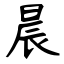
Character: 晨